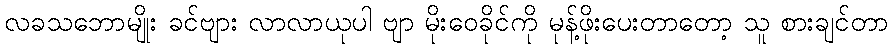
လခသဘောမျိုး ခင်ဗျား လာလာယုပါ ဗျာ မိုးဝေခိုင်ကို မုန့်ဖိုးပေးတာတော့ သူ စားချင်တာ